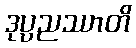
ဒုပ္ပညဿာတိ